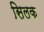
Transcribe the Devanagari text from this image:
सिलक